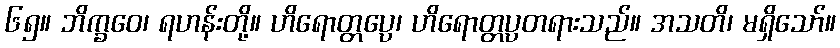
၆၅။ ဘိက္ခဝေ၊ ရဟန်းတို့။ ဟိရောတ္တပ္ပေ၊ ဟိရောတ္တပ္ပတရားသည်။ အသတိ၊ မရှိသော်။